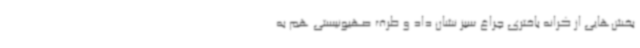
بخش‌هایی از کرانه باختری چراغ سبز نشان داد و طرف صهیونیستی هم به